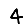
Digit: 4